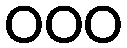
000